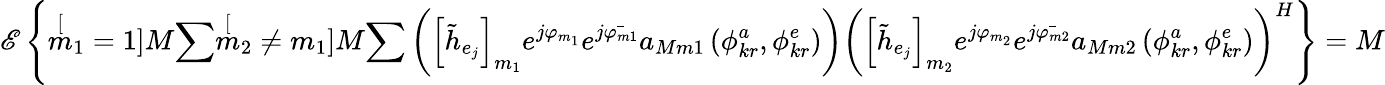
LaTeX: \mathscr{E}\left\{ \stackrel[m_{1}=1]{M}{\sum}\stackrel[m_{2}\neq m_{1}]{M}{\sum}\left(\left[\tilde{h}_{e_{j}}\right]_{m_{1}}e^{j\varphi_{m_{1}}}e^{j\bar{\varphi_{m1}}}a_{Mm1}\left(\phi_{kr}^{a},\phi_{kr}^{e}\right)\right)\left(\left[\tilde{h}_{e_{j}}\right]_{m_{2}}e^{j\varphi_{m_{2}}}e^{j\bar{\varphi_{m2}}}a_{Mm2}\left(\phi_{kr}^{a},\phi_{kr}^{e}\right)\right)^{H}\right\} =M